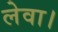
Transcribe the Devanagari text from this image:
लेवा।